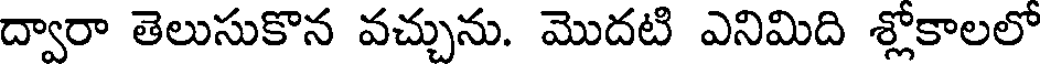
ద్వారా తెలుసుకొన వచ్చును. మొదటి ఎనిమిది శ్లోకాలలో